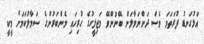
އަޅުގަނޑު ފުރަތަމަ ވެސް ދަންނަވާލަން ބޭނުންވޭ މަޖިލީހުގެ ހުރިހައި މެންބަރުންގެ ސަމާލުކަމަށް މީކީ